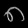
Digit: ၈